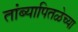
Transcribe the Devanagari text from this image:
तांब्यापितळेच्या